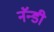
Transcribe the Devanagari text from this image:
नॅन्डी